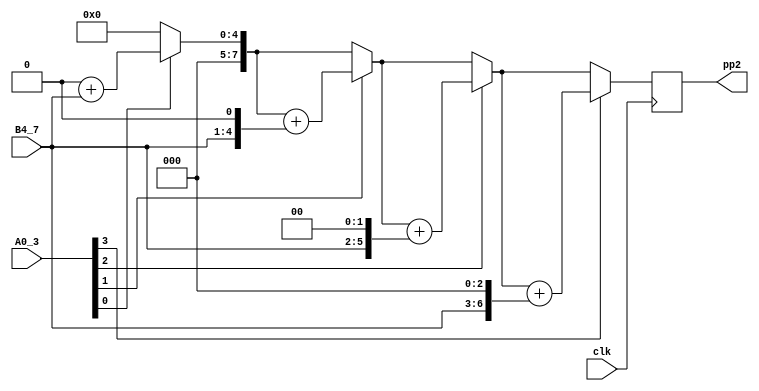
`timescale 1ns / 1ps
//////////////////////////////////////////////////////////////////////////////////
// Company: 
// Engineer: 
// 
// Design Name: 
// Module Name:    multi_4_4_pp2 
// Project Name: 
// Target Devices: 
// Tool versions: 
// Description: 
//
// Dependencies: 
//
// Revision: 
// Revision 0.01 - File Created
// Additional Comments: 
//
//////////////////////////////////////////////////////////////////////////////////
module multi_4_4_pp2(
input clk,
//input clr,
input [3:0] A0_3,
input [3:0] B4_7,
output reg [7:0] pp2
);

reg [7:0] pv;
reg [7:0] bp;  
integer i;

always @(posedge clk)// or posedge clr)
	begin
		pv = 8'b00000000;
		bp = {4'b0000,B4_7};
		for (i = 0; i<=3; i=i+1)
			begin
				if (A0_3[i] == 1)
				pv = pv+bp;
				bp={bp[6:0], 1'b0};
			end
		pp2=pv;
	end
	

endmodule